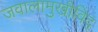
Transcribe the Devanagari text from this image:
जवालामुखीविद्